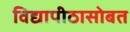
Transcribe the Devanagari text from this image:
विद्यापीठासोबत